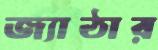
জ্যাঠার